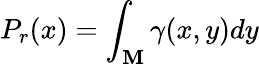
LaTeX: P_{r}(x)=\int_{\mathbf{M}}\gamma(x,y)dy